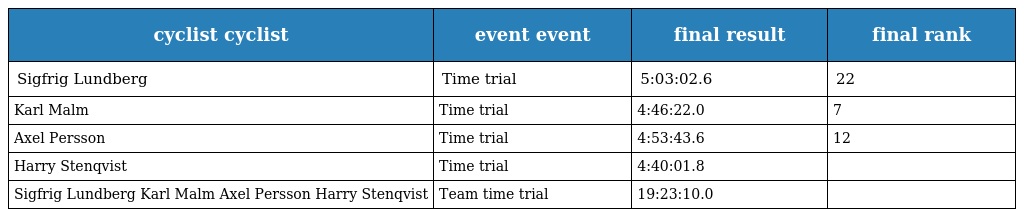
| cyclist cyclist | event event | final result | final rank |
 | --- | --- | --- | --- |
 | Sigfrig Lundberg | Time trial | 5:03:02.6 | 22 |
 | Karl Malm | Time trial | 4:46:22.0 | 7 |
 | Axel Persson | Time trial | 4:53:43.6 | 12 |
 | Harry Stenqvist | Time trial | 4:40:01.8 |  |
 | Sigfrig Lundberg Karl Malm Axel Persson Harry Stenqvist | Team time trial | 19:23:10.0 |  |